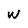
Character: W